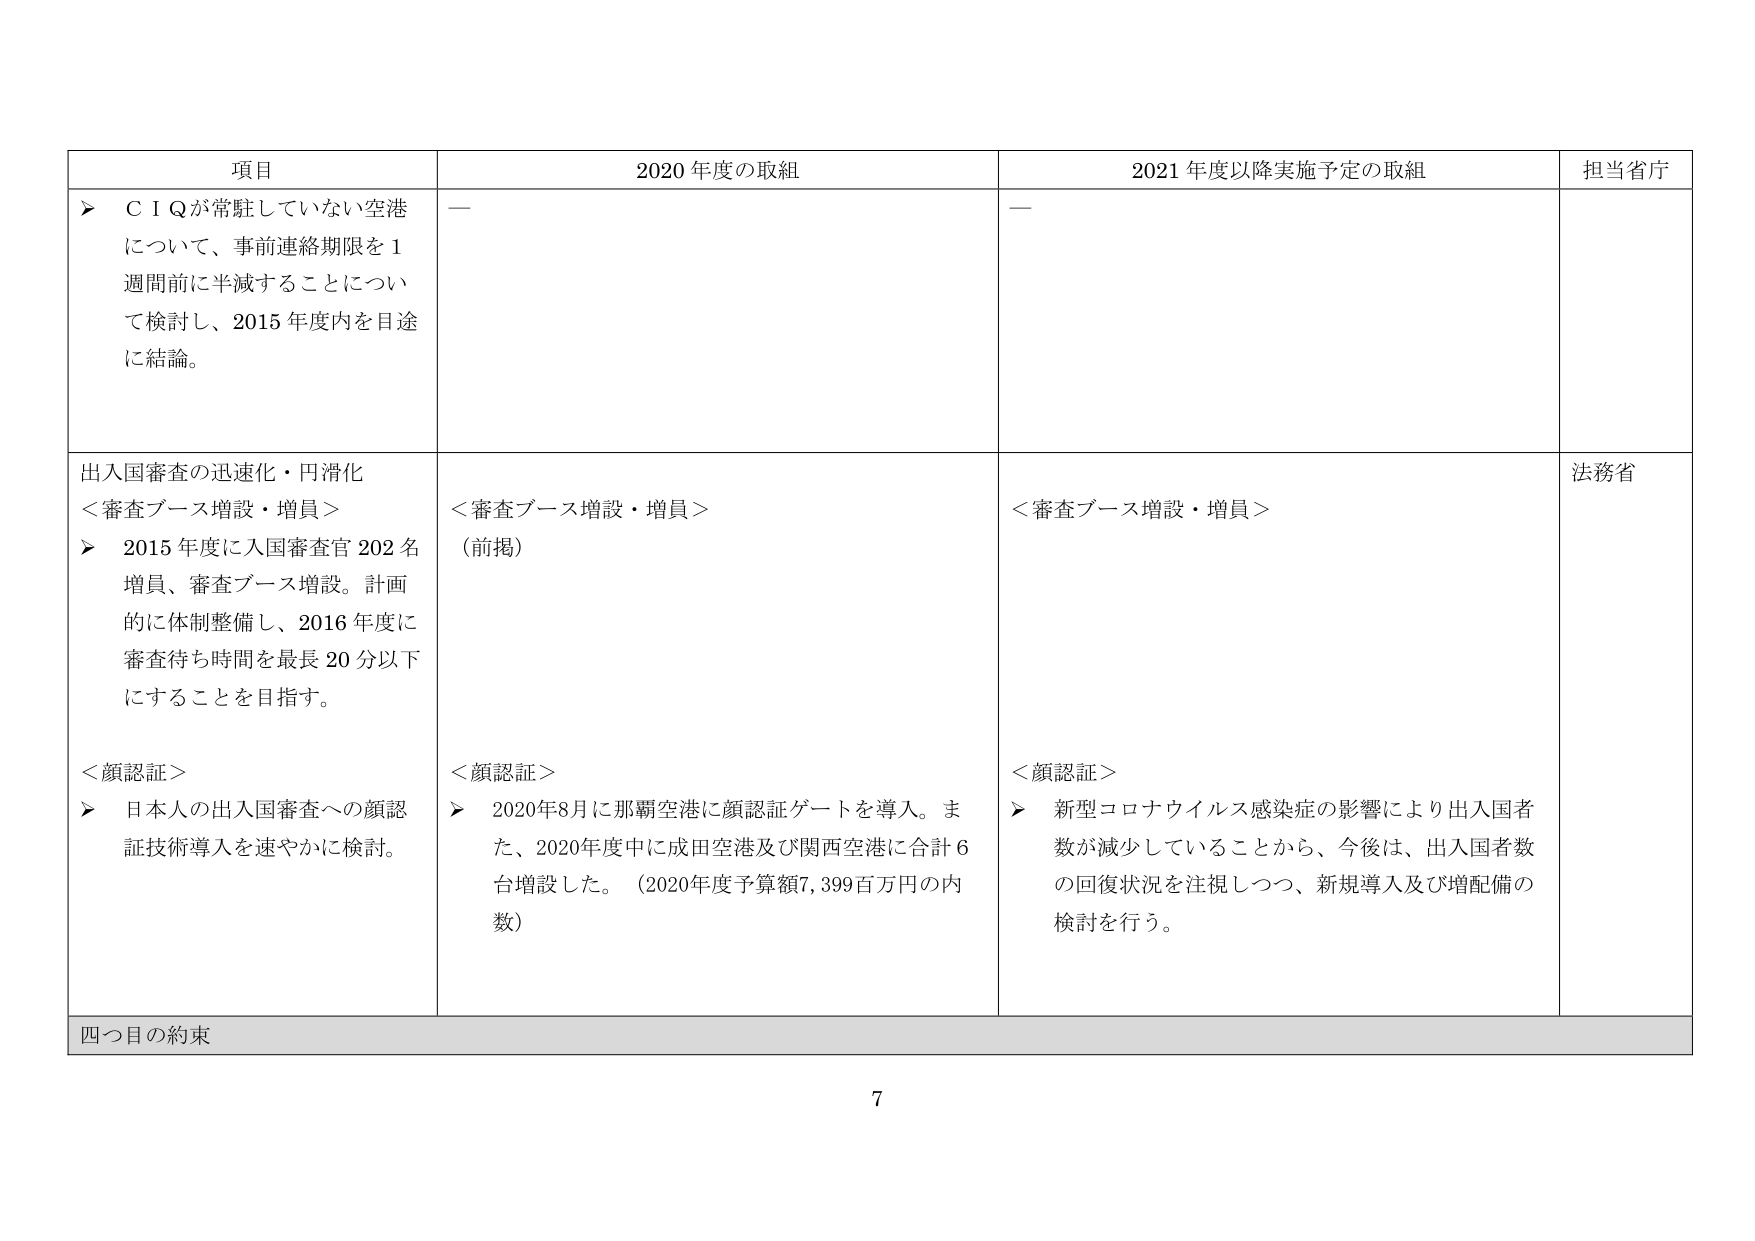
項目 2020年度の取組 2021年度以降実施予定の取組 担当省庁
➤ CＩQが常駐していない空港 について、事前連絡期限を1 週間前に半減することについ て検討し、2015年度内を目途 に結論。 — —
出入国審査の迅速化・円滑化 ＜審査ブース増設・増員＞ ➤ 2015年度に入国審査官202名 増員、審査ブース増設。計画 的に体制整備し、2016年度に 審査待ち時間を最長20分以下 にすることを目指す。 ＜顔認証＞ ➤ 日本人の出入国審査への顔認 証技術導入を速やかに検討。 ＜審査ブース増設・増員＞ （前掲） ＜顔認証＞ ➤ 2020年8月に那覇空港に顔認証ゲートを導入。ま た、2020年度中に成田空港及び関西空港に合計6 台増設した。（2020年度予算額7,399百万円の内 数） ＜審査ブース増設・増員＞ ＜顔認証＞ ➤ 新型コロナウイルス感染症の影響により出入国者 数が減少していることから、今後は、出入国者数 の回復状況を注視しつつ、新規導入及び増配備の 検討を行う。 法務省
四つ目の約束
7